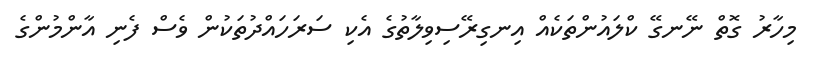
މިހާރު ގޮތް ނޭނގޭ ކްލައުންތަކެއް އިނގިރޭސިވިލާތުގެ އެކި ސަރަހައްދުތަކުން ވެސް ފެނި އާންމުންގެ